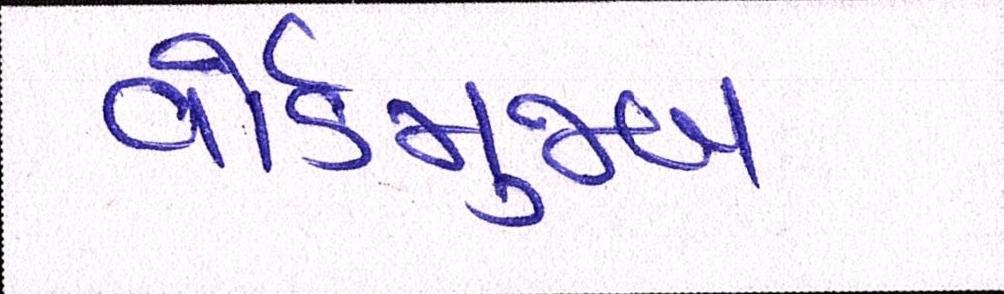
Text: વોર્ડમુજબ